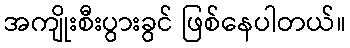
အကျိုးစီးပွားခွင် ဖြစ်နေပါတယ်။